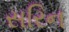
સરિન